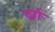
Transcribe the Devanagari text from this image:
दर्ग